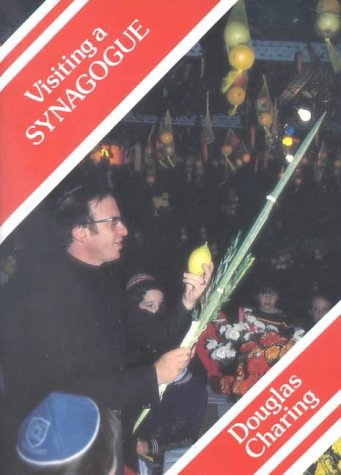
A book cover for Visiting a Synagogue P (Meeting Religious Groups); Douglas Charing; Teen & Young Adult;